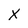
Character: X